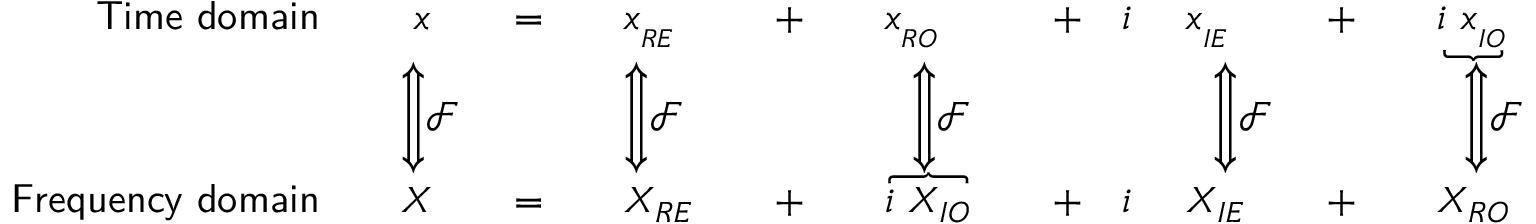
{ \begin{array} { r l r l r l r l r l } { { \mathsf { T i m e \ d o m a i n } } \quad } & { \ x \quad } & { = \quad } & { x _ { _ { R E } } \quad } & { + \quad } & { x _ { _ { R O } } \quad } & { + \quad i \ } & { x _ { _ { I E } } \quad } & { + \quad } & { \underbrace { i \ x _ { _ { I O } } } } \\ & { { \Bigg \Updownarrow } { \mathcal { F } } } & & { { \Bigg \Updownarrow } { \mathcal { F } } } & & { \ \ { \Bigg \Updownarrow } { \mathcal { F } } } & & { \ \ { \Bigg \Updownarrow } { \mathcal { F } } } & & { \ \ { \Bigg \Updownarrow } { \mathcal { F } } } \\ { { \mathsf { F r e q u e n c y \ d o m a i n } } \quad } & { X \quad } & { = \quad } & { X _ { R E } \quad } & { + \quad } & { \overbrace { i \ X _ { I O } } \quad } & { + \quad i \ } & { X _ { I E } \quad } & { + \quad } & { X _ { R O } } \end{array} }